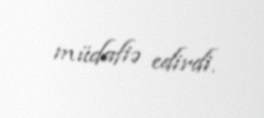
müdafiə edirdi.